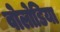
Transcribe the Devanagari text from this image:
वोलोडिया